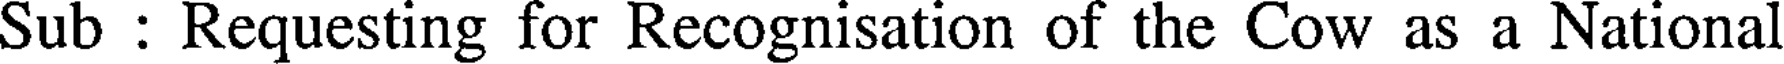
Sub : Requesting for Recognisation of the Cow as a National